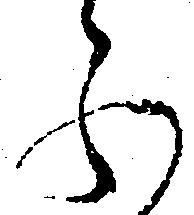
ふ